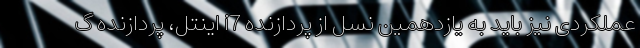
عملکردی نیز باید به یازدهمین نسل از پردازنده i7 اینتل، پردازنده گ